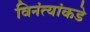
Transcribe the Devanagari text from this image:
विनंत्यांकडे